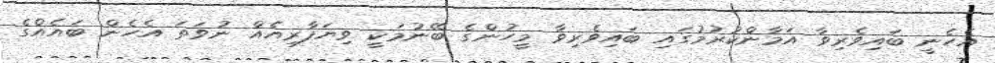
އެހެނީ ބައިވެރިވާ އަމާންކުރުމުގައި ބައިވެރިވާ މީހުންގެ ބޭނުމަކީ ވިޔަފާރިއެއް ނުވަތަ އެހެން ބައެއްގެ